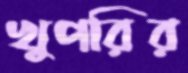
খুপরির